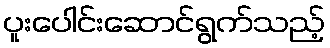
ပူးပေါင်းဆောင်ရွက်သည့်